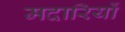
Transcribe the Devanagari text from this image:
मदारियों